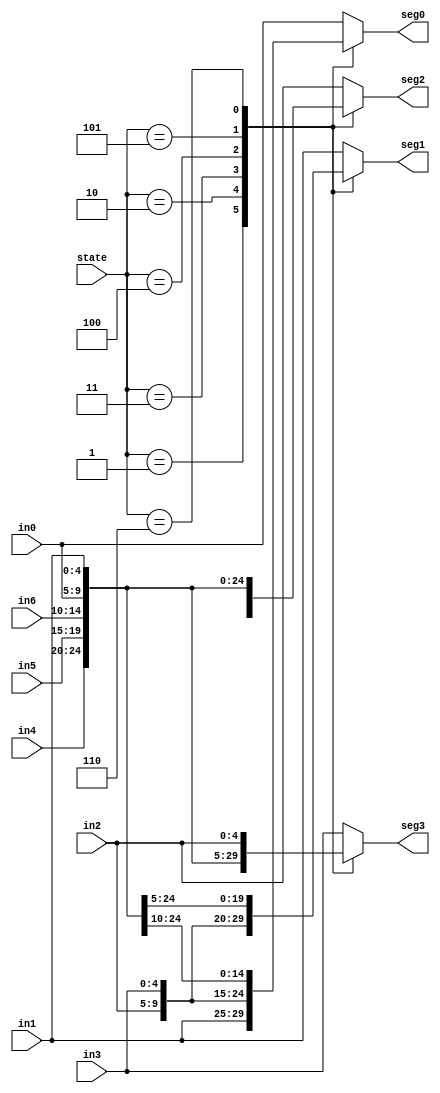
`timescale 1ns / 1ps
module rotateDigit(in0, in1, in2, in3, in4, in5, in6, state, seg0, seg1, seg2, seg3);

input [4:0] in0, in1, in2, in3, in4, in5, in6;
input [2:0] state;
output reg [4:0] seg0, seg1, seg2, seg3;

always @* begin
	seg0 = 0;
	seg1 = 0;
	seg2 = 0;
	seg3 = 0;
	case(state)
		0:begin
			seg0 = in0;
			seg1 = in1;
			seg2 = in2;
			seg3 = in3;
		end
		1:begin
			seg0 = in1;
			seg1 = in2;
			seg2 = in3;
			seg3 = in4;
		end
		2:begin
			seg0 = in2;
			seg1 = in3;
			seg2 = in4;
			seg3 = in5;
		end
		3:begin
			seg0 = in3;
			seg1 = in4;
			seg2 = in5;
			seg3 = in6;
		end
		4:begin
			seg0 = in4;
			seg1 = in5;
			seg2 = in6;
			seg3 = in0;
		end
		5:begin
			seg0 = in5;
			seg1 = in6;
			seg2 = in0;
			seg3 = in1;
		end
		6:begin
			seg0 = in6;
			seg1 = in0;
			seg2 = in1;
			seg3 = in2;
		end
		default:begin
			seg0 = in0;
			seg1 = in1;
			seg2 = in2;
			seg3 = in3;
		end
	endcase
end

endmodule